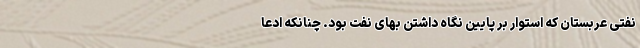
نفتی عربستان که استوار بر پایین نگاه داشتن بهای نفت بود. چنانکه ادعا